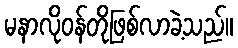
မနာလိုဝန်တိုဖြစ်လာခဲ့သည်။